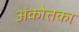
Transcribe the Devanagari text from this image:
अंकोत्तका